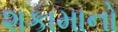
શકામાનો